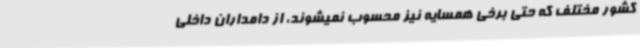
کشور مختلف که حتی برخی همسایه نیز محسوب نمیشوند، از دامداران داخلی